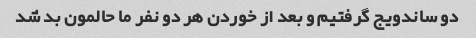
دو ساندویج گرفتیم و بعد از خوردن هر دو نفر ما حالمون بد شد